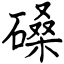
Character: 磉